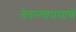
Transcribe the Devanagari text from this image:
तेवल्याप्रमाणे